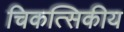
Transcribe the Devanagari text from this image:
चिकत्सिकीय